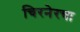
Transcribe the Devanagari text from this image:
चिरनेरचा